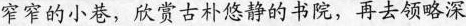
窄窄的小巷，欣赏古朴悠静的书院，再去领略深